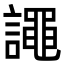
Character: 譝